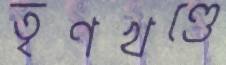
তৃণখণ্ডে